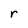
Character: r